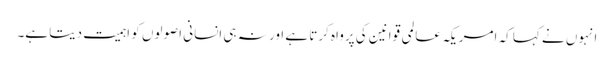
انہوں نے کہا کہ امریکہ عالمی قوانین کی پرواہ کرتا ہے اور نہ ہی انسانی اصولوں کو اہمیت دیتا ہے۔